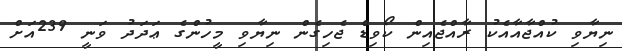
ނިޔާވި ކުއްޖާއާއެކު ރާއްޖެއިން ކޯވިޑް ޖެހިގެން ނިޔާވި މީހުންގެ ޢަދަދު ވަނީ 239އަށް